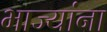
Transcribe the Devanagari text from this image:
भाज्यांना